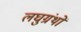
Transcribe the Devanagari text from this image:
लघुग्रंथों